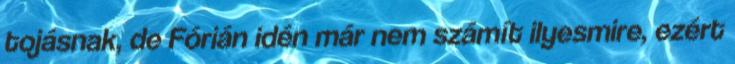
tojásnak, de Fórián idén már nem számít ilyesmire, ezért